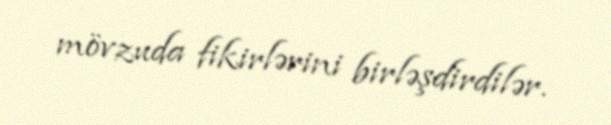
mövzuda fikirlərini birləşdirdilər.